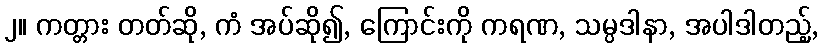
၂။ ကတ္တား တတ်ဆို, ကံ အပ်ဆို၍, ကြောင်းကို ကရဏ, သမ္ပဒါနာ, အပါဒါတည့်,